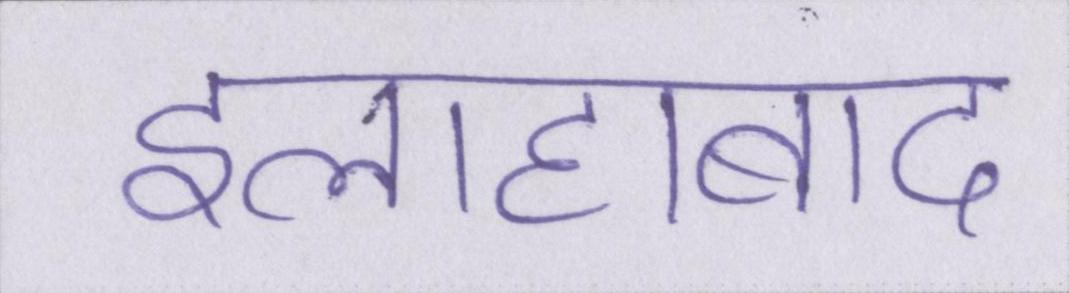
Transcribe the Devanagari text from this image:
इलाहाबाद